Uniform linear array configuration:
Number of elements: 64
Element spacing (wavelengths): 0.75
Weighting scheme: cosine
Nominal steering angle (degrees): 60
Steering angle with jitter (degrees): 60.552
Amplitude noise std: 0.05
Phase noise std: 0.05

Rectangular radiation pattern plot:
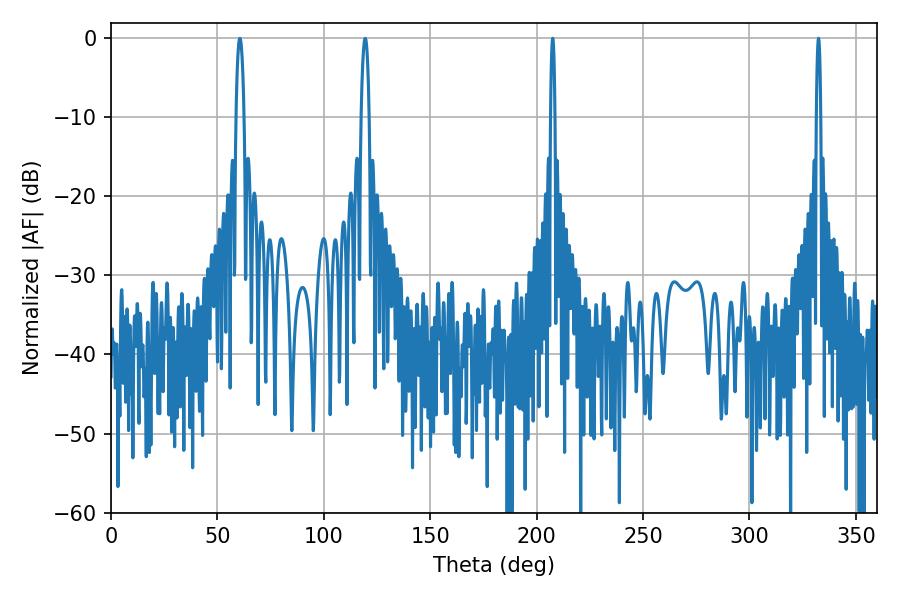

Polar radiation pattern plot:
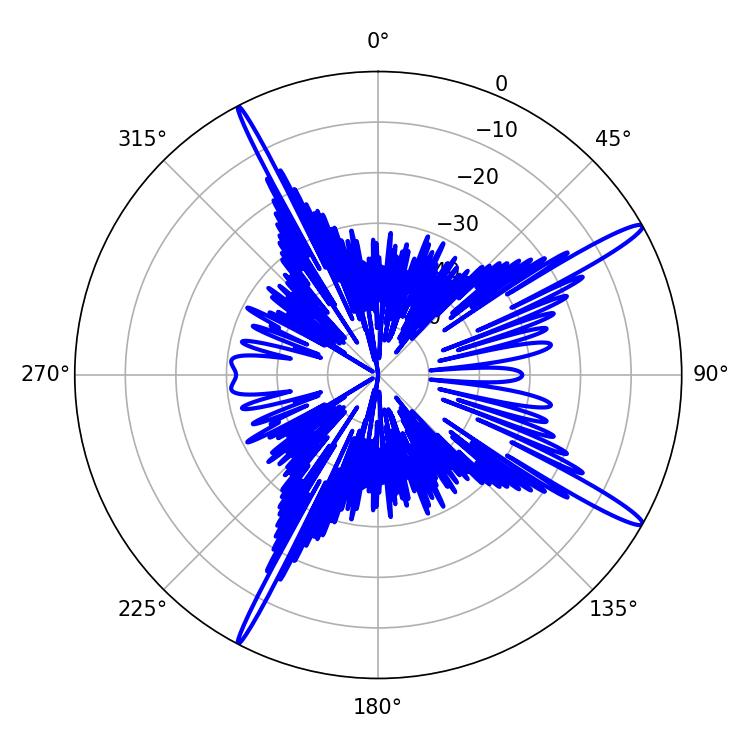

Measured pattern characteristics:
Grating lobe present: TRUE
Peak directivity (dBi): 15.824
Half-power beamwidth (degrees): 1.08
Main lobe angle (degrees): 207.54